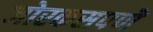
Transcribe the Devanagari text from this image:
जोरकसपणॆ